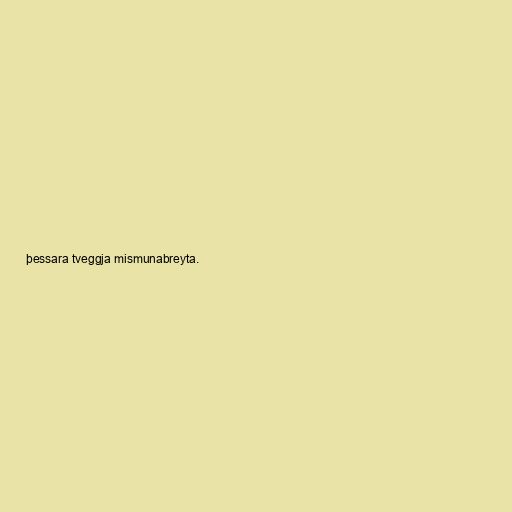
þessara tveggja mismunabreyta.